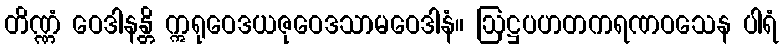
တိဏ္ဏံ ဝေဒါနန္တိ ဣရုဝေဒယဇုဝေဒသာမဝေဒါနံ။ ဩဋ္ဌပဟတကရဏဝသေန ပါရံ